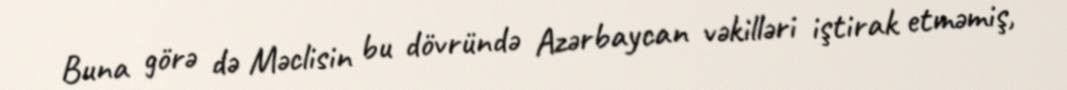
Buna görə də Məclisin bu dövründə Azərbaycan vəkilləri iştirak etməmiş,